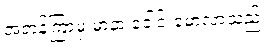
အတန်ကြာမှ မာနာ ခေါင်းမော့လာသည်။